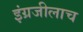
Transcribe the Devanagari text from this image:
इंग्रजीलाच